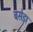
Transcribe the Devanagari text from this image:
बसेड़ा